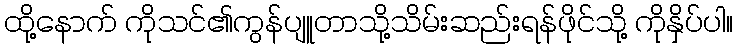
ထို့နောက် ကိုသင်၏ကွန်ပျူတာသို့သိမ်းဆည်းရန်ဖိုင်သို့ ကိုနှိပ်ပါ။